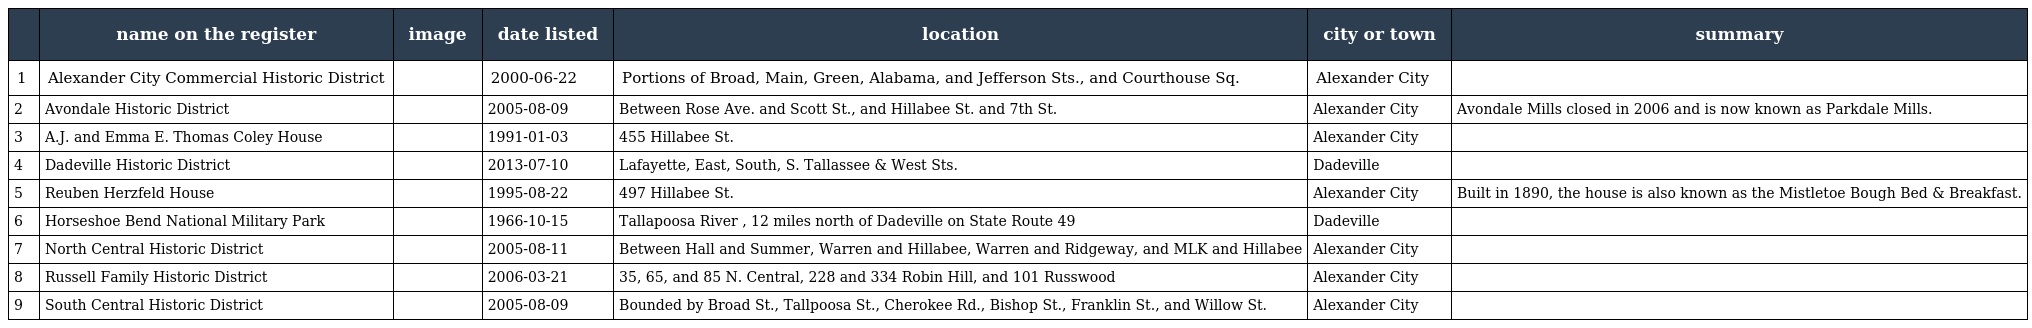
|  | name on the register | image | date listed | location | city or town | summary |
 | --- | --- | --- | --- | --- | --- | --- |
 | 1 | Alexander City Commercial Historic District |  | 2000-06-22 | Portions of Broad, Main, Green, Alabama, and Jefferson Sts., and Courthouse Sq. | Alexander City |  |
 | 2 | Avondale Historic District |  | 2005-08-09 | Between Rose Ave. and Scott St., and Hillabee St. and 7th St. | Alexander City | Avondale Mills closed in 2006 and is now known as Parkdale Mills. |
 | 3 | A.J. and Emma E. Thomas Coley House |  | 1991-01-03 | 455 Hillabee St. | Alexander City |  |
 | 4 | Dadeville Historic District |  | 2013-07-10 | Lafayette, East, South, S. Tallassee & West Sts. | Dadeville |  |
 | 5 | Reuben Herzfeld House |  | 1995-08-22 | 497 Hillabee St. | Alexander City | Built in 1890, the house is also known as the Mistletoe Bough Bed & Breakfast. |
 | 6 | Horseshoe Bend National Military Park |  | 1966-10-15 | Tallapoosa River , 12 miles north of Dadeville on State Route 49 | Dadeville |  |
 | 7 | North Central Historic District |  | 2005-08-11 | Between Hall and Summer, Warren and Hillabee, Warren and Ridgeway, and MLK and Hillabee | Alexander City |  |
 | 8 | Russell Family Historic District |  | 2006-03-21 | 35, 65, and 85 N. Central, 228 and 334 Robin Hill, and 101 Russwood | Alexander City |  |
 | 9 | South Central Historic District |  | 2005-08-09 | Bounded by Broad St., Tallpoosa St., Cherokee Rd., Bishop St., Franklin St., and Willow St. | Alexander City |  |